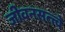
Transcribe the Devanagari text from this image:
जीवनसत्त्त्वे